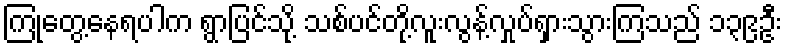
ကြုံတွေ့နေရပါက ရွာပြင်သို့ သစ်ပင်တို့လူးလွန့်လှုပ်ရှားသွားကြသည် ၁၃၉ဦး